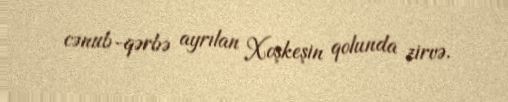
cənub-qərbə ayrılan Xoşkeşin qolunda zirvə.